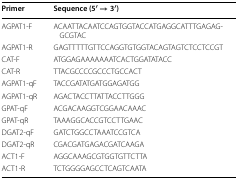
<table><thead><tr><td><b>Primer</b></td><td><b>Sequence (5′ → 3′)</b></td></tr></thead><tbody><tr><td>AGPAT1-F</td><td>ACAATTACAATCCAGTGGTACCATGAGGCATTTGAGAGGCGTAC</td></tr><tr><td>AGPAT1-R</td><td>GAGTTTTTGTTCCAGGTGTGGTACAGTAGTCTCCTCCGT</td></tr><tr><td>CAT-F</td><td>ATGGAGAAAAAAATCACTGGATATACC</td></tr><tr><td>CAT-R</td><td>TTACGCCCCGCCCTGCCACT</td></tr><tr><td>AGPAT1-qF</td><td>TACCGATATGATGGAGATGG</td></tr><tr><td>AGPAT1-qR</td><td>AGACTACCTTATTACCTTGGG</td></tr><tr><td>GPAT-qF</td><td>ACGACAAGGTCGGAACAAAC</td></tr><tr><td>GPAT-qR</td><td>TAAAGGCACCGTCCTTGAAC</td></tr><tr><td>DGAT2-qF</td><td>GATCTGGCCTAAATCCGTCA</td></tr><tr><td>DGAT2-qR</td><td>CGACGATGAGACGATCAAGA</td></tr><tr><td>ACT1-F</td><td>AGGCAAAGCGTGGTGTTCTTA</td></tr><tr><td>ACT1-R</td><td>TCTGGGGAGCCTCAGTCAATA</td></tr></tbody></table>